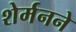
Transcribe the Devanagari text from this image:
शेर्मनने